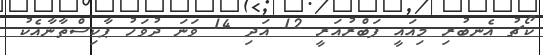
ކޯޗު އެނބުރި މިއައީ ފަބްރުއަރީ 12 އަދި 14 ވަނަ ދުވަހު ޕާކިސްތާނާއެކު